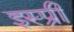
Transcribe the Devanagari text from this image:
इस्प्री